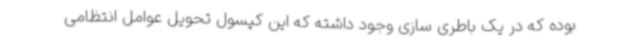
بوده که در یک باطری سازی وجود داشته که این کپسول تحویل عوامل انتظامی